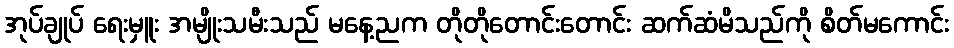
အုပ်ချုပ် ရေးမှူး အမျိုးသမီးသည် မနေ့ညက တိုတိုတောင်းတောင်း ဆက်ဆံမိသည်ကို စိတ်မကောင်း